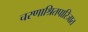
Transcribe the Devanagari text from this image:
चरणाश्रितपारिजात